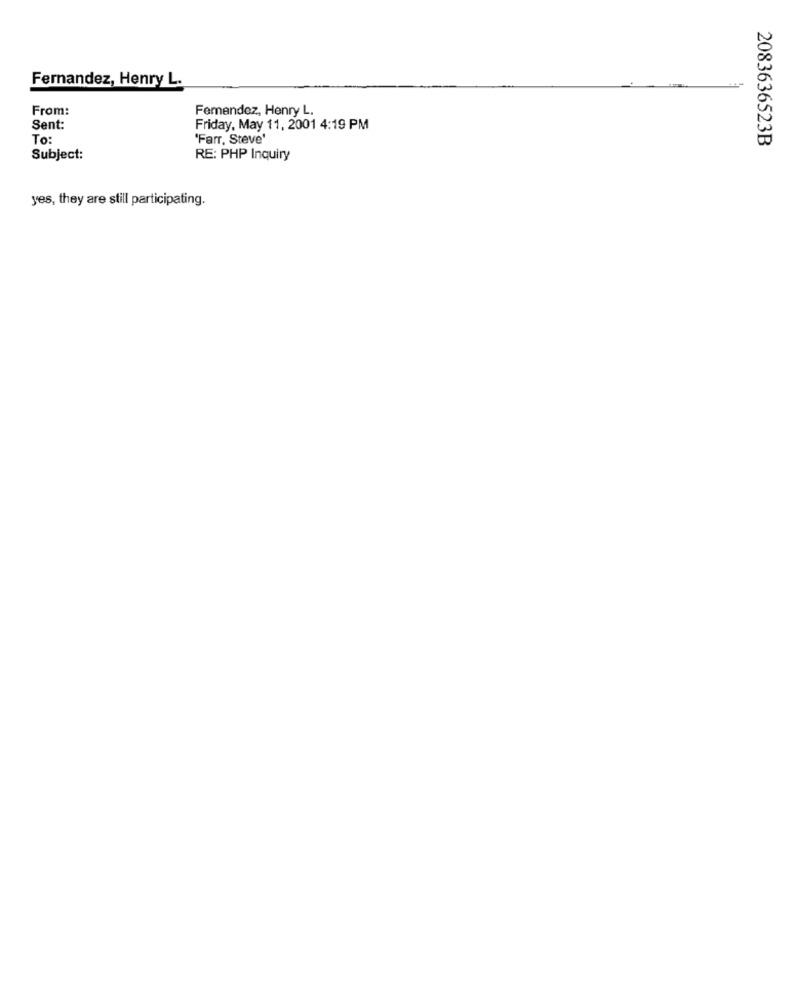
Fernandez, Henry L.
From:
Femendez, Henry L.
Sent:
Friday, May 11, 2001 4:19 PM
To:
"Farr, Steve'
2083636523B
Subject:
RE: PHP Inquiry
yes, they are still participating.